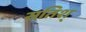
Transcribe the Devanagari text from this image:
सतिश्